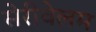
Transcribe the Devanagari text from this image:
सेरीबेलम